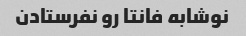
نوشابه فانتا رو نفرستادن